Civil Veterinary Department Bihar & Orissa reports 1911-21 - 1911-1921
Year: 1911
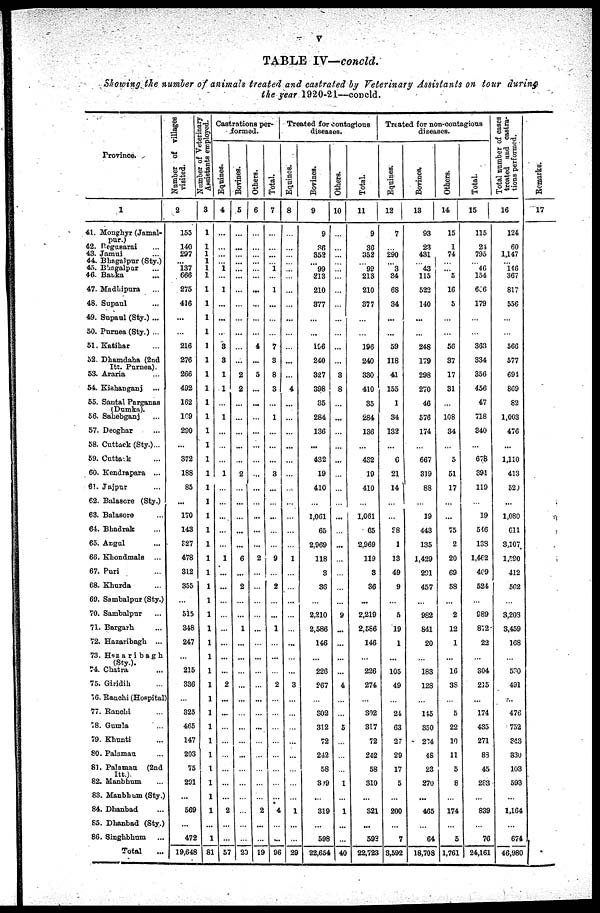
V
TABLE IV—concld.
Showing the number of animals treated and castrated by Veterinary Assistants on tour during
the year 1920-21—concld.
Province.
1
41. Monghyr (Jamal-
pur.)
42. Pegusarai ...
43. Jamui ...
44. Bhagalpur (Sty.)
45. Bhagalpur ...
46. Banka ...
47. Madhipura ...
48. Supaul ...
49. Supaul (Sty.) ...
50. Purnea (Sty.) ...
51 Katihar ...
52. Dhamdaha (2nd
Itt. Purnea).
53. Araria ...
54. Kiahanganj ...
55. Santal Parganas
(Dumka).
56. Sahebganj ...
57. Deoghar ...
58. Cuttack (Sty.)...
59. Cuttack ...
60. Kendrapara ...
61. Jajpur ...
62. Balasore (Sty.)
63. Balasore ...
64. Bhadrak ...
65. Argal ...
66. Khondmals ...
67. Puri ...
68. Khurda ...
69. Sambalpur (Sty.)
70. Sambalpur ...
71. Bargarh ...
72. Hazaribagh ...
73. Hazaribagh
(sty.). 74. Chatra ...
75. Giridih ...
76. Ranchi (Hospital
77. Ranchi ...
78. Gumla ...
79. Khunti ...
80. Palamau ...
81. Palamau (2nd
Itt.).
82. Manbhum ...
83. Manbhum (Sty.)
84. Dhanbad ...
85. Dhanbad (Sty.)
86. Singhbhum ...
Total ...
Number of villages
visited.
2
155
140
297
... 137
666
275
416
...
...
216
276
266
492
162
169
290
...
372
188
83
...
170
143
827
478
312
355
...
515
348
247
...
215
336
..
325
465
147
203
75
291
...
569
...
475
19,648
Number of Veterinary
Assistants employed.
3
1
1
1
1
1
1
1
1
1
1
1
1
1
1
1
1
1
1
1
1
1
1
1
1
1
1
1
1
1
1
1
1
1
1
1
1
1
1
1
1
1
1
1
1
...
1
81
Castrations per-
------
Equines.
4
...
...
...
1
...
1
...
...
...
3
3
1
1
...
1
...
...
...
1
...
...
...
1
...
...
...
...
...
...
...
...
2
...
...
...
...
...
...
...
...
2
...
...
57
Bovines.
5
...
...
...
...
...
...
...
...
...
...
...
2
2
...
...
...
...
...
2
...
...
...
...
6
...
2
...
...
1
...
...
...
...
...
...
...
...
...
...
...
...
...
...
...
20
Others.
6
...
...
...
...
...
...
...
...
...
4
...
5
...
...
...
...
...
...
...
...
...
...
...
...
2
...
...
...
...
...
...
...
...
...
...
...
...
...
...
...
...
...
2
...
...
19
Total.
7
...
...
...
1
...
1
...
...
...
7
3
8
3
...
1
...
...
...
3
...
...
...
...
...
9
...
2
...
...
1
...
...
...
2
...
...
...
...
...
...
...
...
4
...
...
96
Treated for contagious
diseases.
Equines.
8
...
...
...
...
...
...
...
...
...
...
...
...
4
...
...
...
...
...
...
...
...
...
...
...
1
...
...
...
...
...
...
...
...
3
...
...
...
...
...
...
...
...
1
...
...
29
Bovines.
9
9
36
352
99
213
210
877
...
...
156
240
327
398
35
284
136
...
432
19
410
...
1,061
65
2,969
118
3
36
...
2,210
2,586
146
...
226
267
...
S02
312
72
242
58
319
...
319
598
22,654
Others.
10
...
...
...
...
...
...
...
...
...
...
3
8
...
...
...
...
...
...
...
...
...
...
...
...
...
...
...
9
...
...
...
...
4
...
...
5
...
...
...
1
...
1
...
...
40
Total.
11
9
36
352
99
213
210
377
...
...
196
240
330
410
35
284
136
...
432
19
410
...
1,061
65
2,969
119
3
36
...
2,219
2,566
146
...
226
274
...
302
317
72
242
58
310
...
S21
...
593
22,723
Treated for non-contagious
diseases.
Equines.
12
7
...
290
... 3
34
68
34
...
...
59
118
41
155
1
34
132
...
C
21
14
...
28
1
13
49
9
...
5
19
1
...
105
49
...
24
63
2?
29
17
5
...
200
...
7
3,592
Bovines,
13
93
23
431
43
115
522
140
...
...
248
179
298
270
46
576
174
...
667
319
88
...
19
443
135
1,429
291
457
...
982
841
20
...
183
128
...
145
350
234
48
23
270
...
465
...
64
18,708
Others.
14
15
1
74
... 5
16
5
...
...
56
37
17
31
...
108
34
...
5
51
17
...
...
75
2
20
69
58
...
2
12
1
...
16
3S
...
5
22
10
11
5
8
...
174
...
5
1,761
Total.
15
115
21
795
46
154
606
179
...
...
363
334
356
456
47
718
340
...
678
391
119
...
19
516
133
1,462
409
524
...
989
872
22
...
304
215
...
174
435
271
83
45
283
...
839
...
76
24,161
Total number of cases
treated and castra-
tions performed.
16
124
60
1,147
146 367
817
556
...
...
566
577
694
869
82
1,003
476
...
1,110
413
520
...
1,080
611
3,107
1,590
412
562
...
3,203
3,459
168
...
530
491
...
476
752
343
330
103
593
...
1,164
...
674
46,980
Remarks.
17